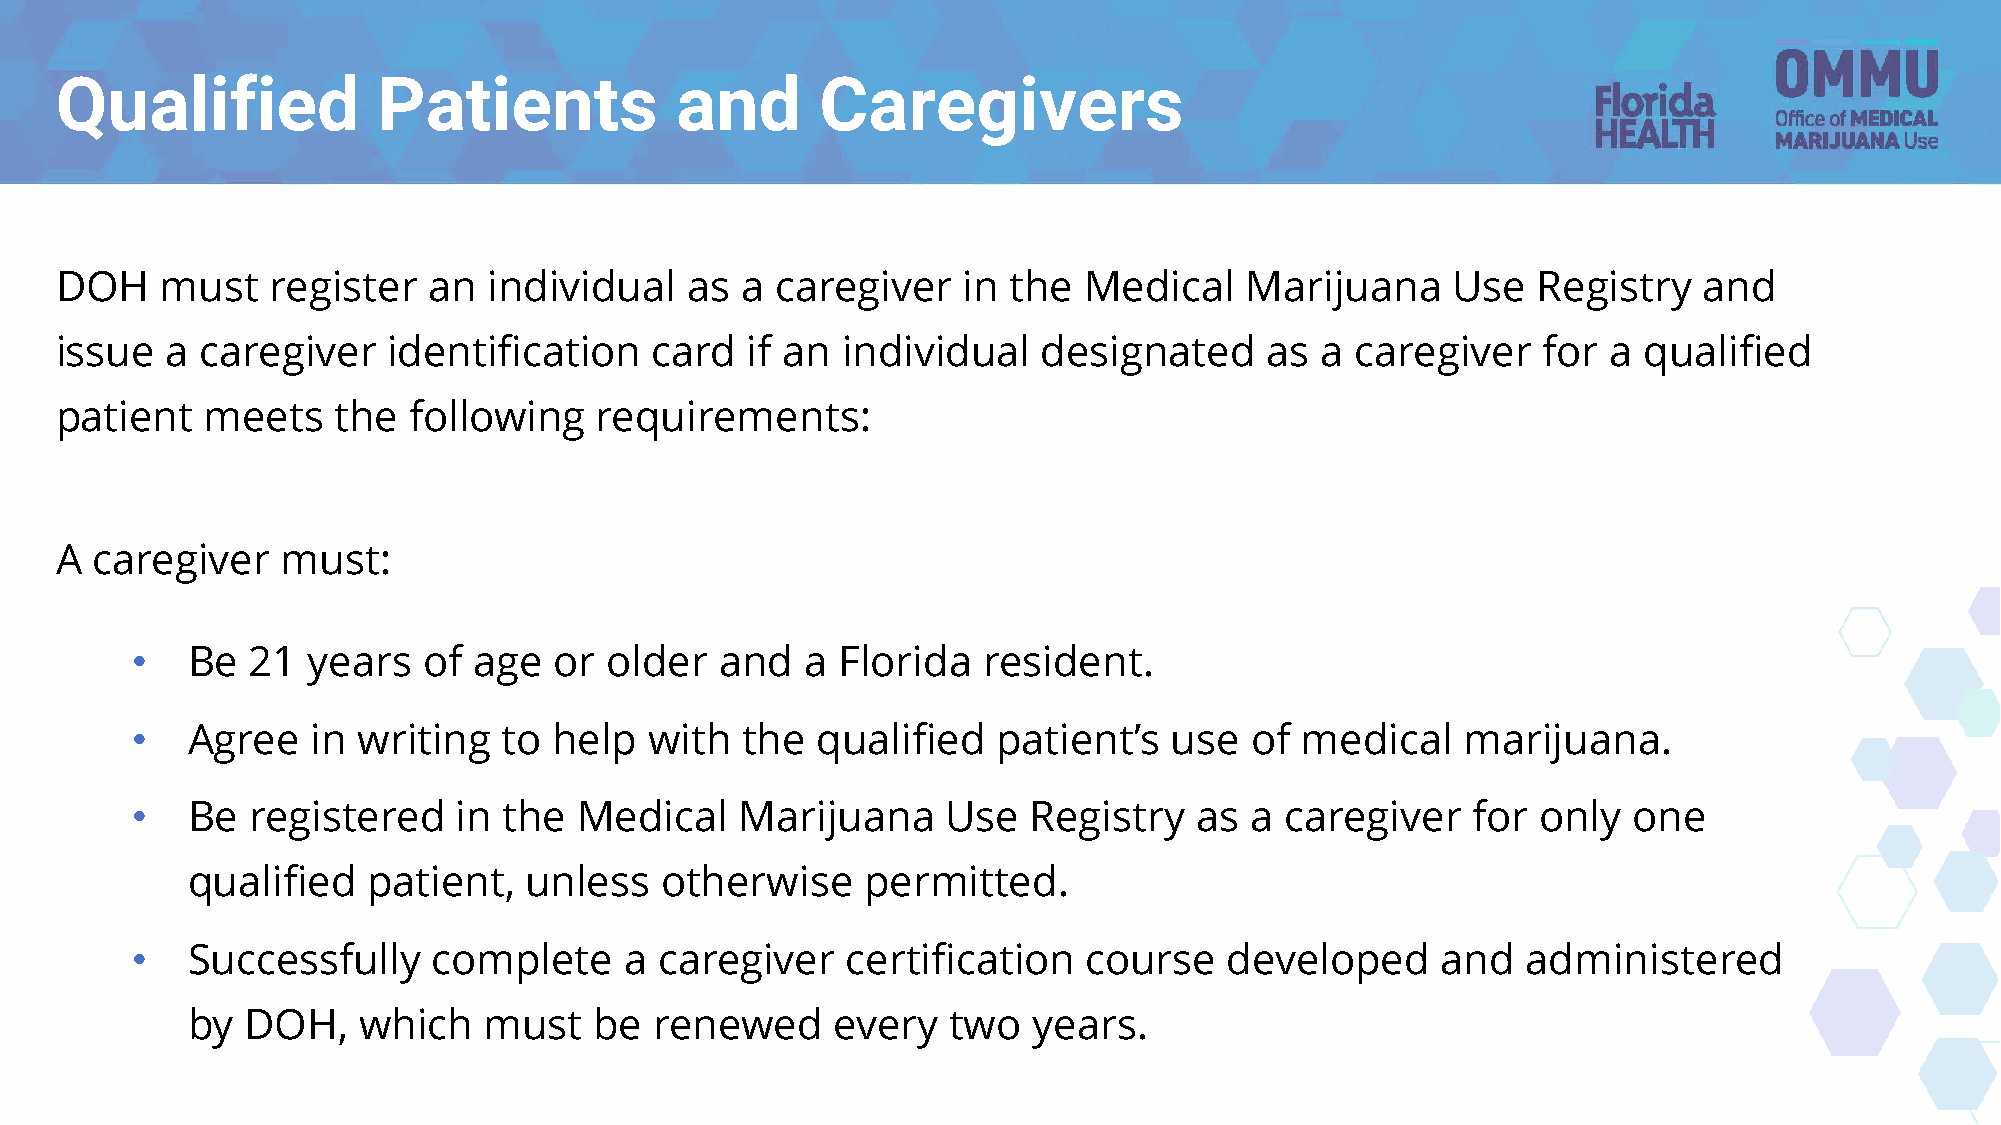
Qualified            Patients            and      Caregivers
 DOH    must   register  an  individual   as  a caregiver    in the  Medical   Marijuana     Use   Registry   and
 issue  a caregiver    identification   card  if an  individual   designated     as a  caregiver   for  a qualified
 patient  meets    the  following   requirements:
 A caregiver    must:
 •  Be   21 years   of age   or older   and  a  Florida  resident.
 •  Agree    in writing  to  help  with  the  qualified   patient’s   use  of medical    marijuana.
 •  Be   registered   in the  Medical    Marijuana     Use  Registry   as  a caregiver   for  only  one
 qualified   patient,   unless   otherwise    permitted.
 •  Successfully     complete    a  caregiver   certification   course   developed     and   administered
 by  DOH,    which   must   be  renewed     every   two  years.